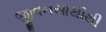
જીવનસાથીથી